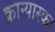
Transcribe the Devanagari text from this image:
क्रान्यास्का